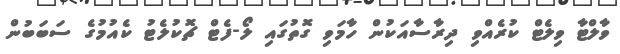
ވާލްޓާ ވިލެޓް ކުރެއްވި ދިރާސާއަކުން ހާމަވި ގޮތުގައި ލޯ-ފެޓް ޗޮކުލެޓު ކެއުމުގެ ސަބަބުން